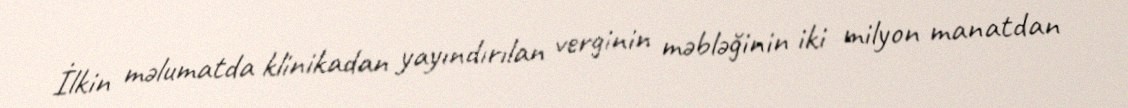
İlkin məlumatda klinikadan yayındırılan verginin məbləğinin iki milyon manatdan